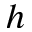
h